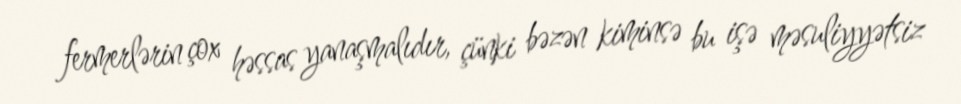
fermerlərin çox həssas yanaşmalıdır, çünki bəzən kiminsə bu işə məsuliyyətsiz